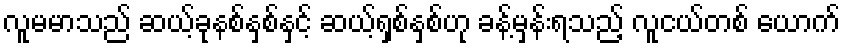
လူမမာသည် ဆယ့်ခုနစ်နှစ်နှင့် ဆယ့်ရှစ်နှစ်ဟု ခန့်မှန်းရသည့် လူငယ်တစ် ယောက်